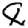
Digit: 8